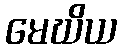
မေဃိယ